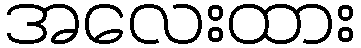
အလေးထား